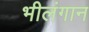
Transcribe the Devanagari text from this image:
भीलंगान